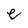
Character: e